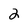
Character: 2